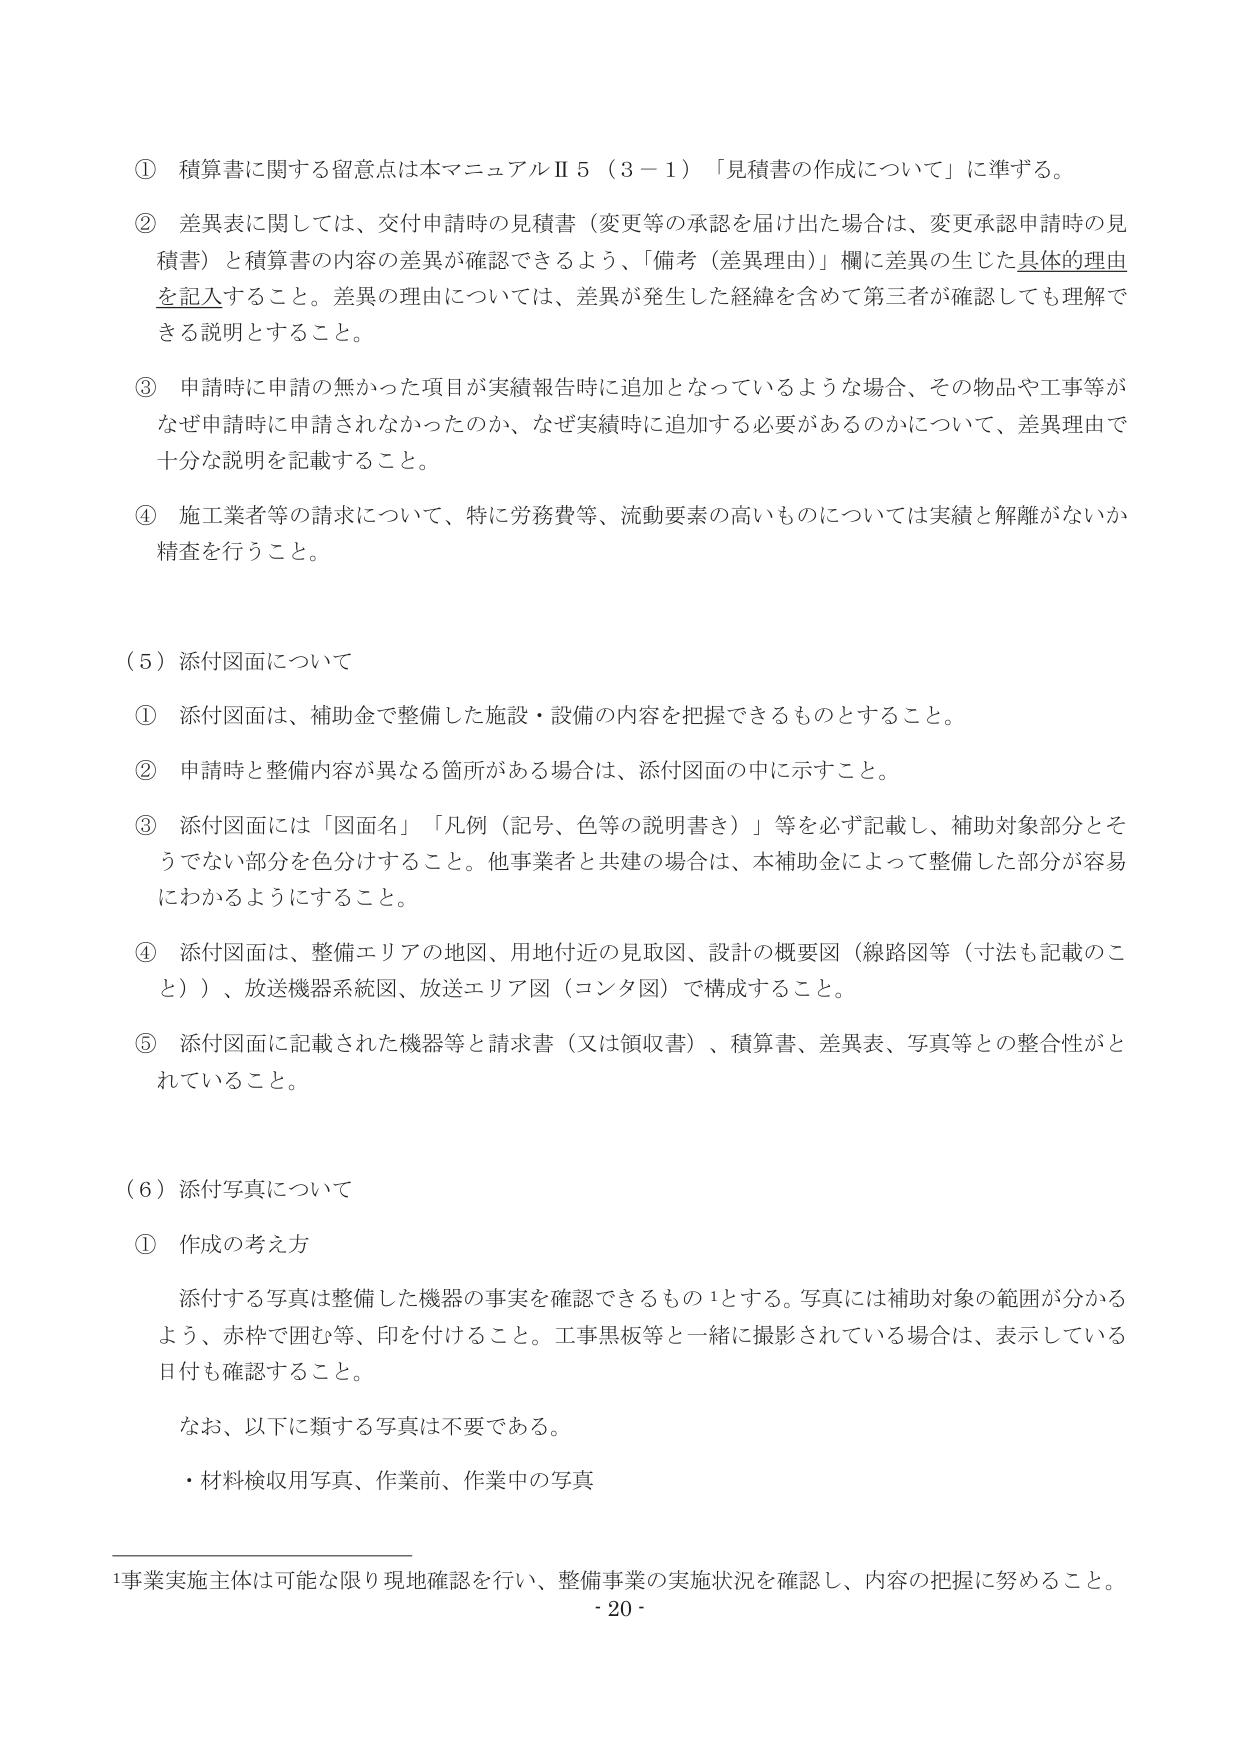
① 積算書に関する留意点は本マニュアルⅡ5（3－1）「見積書の作成について」に準ずる。

② 差異表に関しては、交付申請時の見積書（変更等の承認を届け出た場合は、変更承認申請時の見積書）と積算書の内容の差異が確認できるよう、「備考（差異理由）」欄に差異の生じた具体的理由を記入すること。差異の理由については、差異が発生した経緯を含めて第三者が確認しても理解できる説明とすること。

③ 申請時に申請の無かった項目が実績報告時に追加となっているような場合、その物品や工事等がなぜ申請時に申請されなかったのか、なぜ実績時に追加する必要があるのかについて、差異理由で十分な説明を記載すること。

④ 施工業者等の請求について、特に労務費等、流動要素の高いものについては実績と解離がないか精査を行うこと。

（5）添付図面について

① 添付図面は、補助金で整備した施設・設備の内容を把握できるものとすること。

② 申請時と整備内容が異なる箇所がある場合は、添付図面の中に示すこと。

③ 添付図面には「図面名」「凡例（記号、色等の説明書き）」等を必ず記載し、補助対象部分とそうでない部分を色分けすること。他事業者と共建の場合は、本補助金によって整備した部分が容易にわかるようにすること。

④ 添付図面は、整備エリアの地図、用地付近の見取図、設計の概要図（線路図等（寸法も記載のこと））、放送機器系統図、放送エリア図（コンタ図）で構成すること。

⑤ 添付図面に記載された機器等と請求書（又は領収書）、積算書、差異表、写真等との整合性がとれていること。

（6）添付写真について

① 作成の考え方

　添付する写真は整備した機器の事実を確認できるものとする。写真には補助対象の範囲が分かるよう、赤枠で囲む等、印を付けること。工事黒板等と一緒に撮影されている場合は、表示している日付も確認すること。

　なお、以下に類する写真は不要である。

　・材料検収用写真、作業前、作業中の写真

¹事業実施主体は可能な限り現地確認を行い、整備事業の実施状況を確認し、内容の把握に努めること。

- 20 -